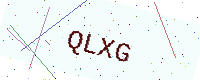
Text: QLXG